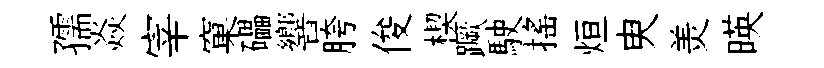
孺焱宰窠礧響胯俊楔蹶駛摇烜㬰羙暎